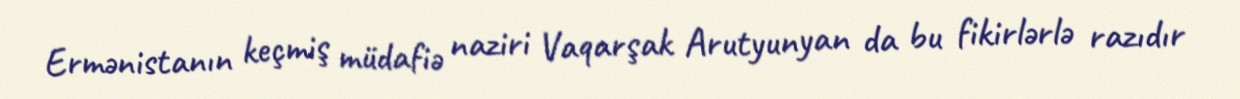
Ermənistanın keçmiş müdafiə naziri Vaqarşak Arutyunyan da bu fikirlərlə razıdır